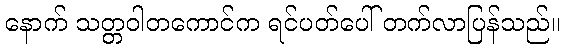
နောက် သတ္တဝါတကောင်က ရင်ပတ်ပေါ် တက်လာပြန်သည်။